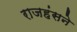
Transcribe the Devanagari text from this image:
राजहंसने